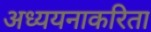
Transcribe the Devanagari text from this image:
अध्ययनाकरिता